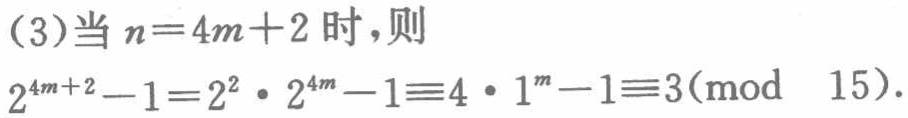
(3)当 \(n = 4m + 2\) 时，则

\(2^{4m + 2}-1 = 2^{2}\cdot2^{4m}-1\equiv4\cdot1^{m}-1\equiv3(\text{mod }15)\).